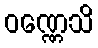
ဝဏ္ဏေသိ